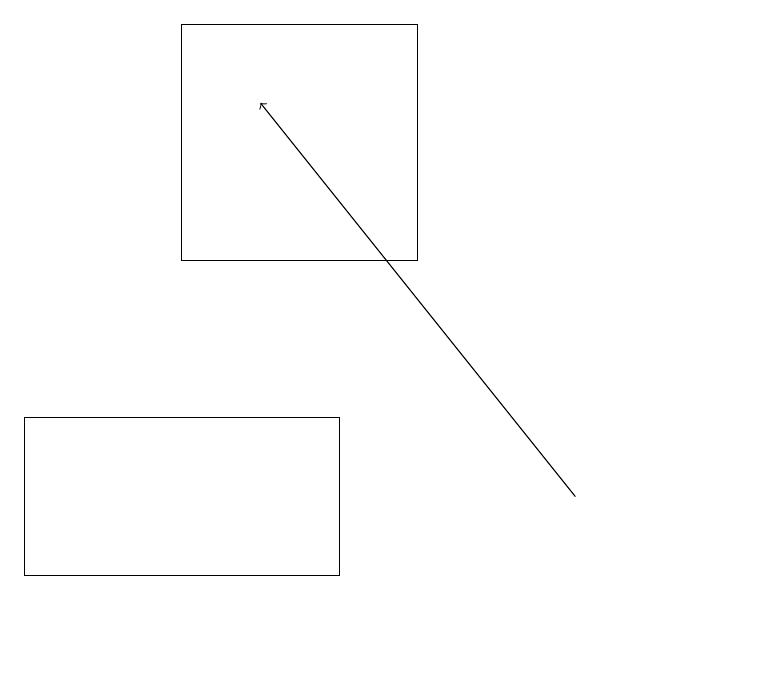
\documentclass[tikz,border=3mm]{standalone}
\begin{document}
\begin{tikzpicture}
\draw[->] (8,12) -- (4,17);
\draw (3,18) rectangle (6,15);
\draw (1,11) rectangle (5,13);
\draw (10,10) circle (0);
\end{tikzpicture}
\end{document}